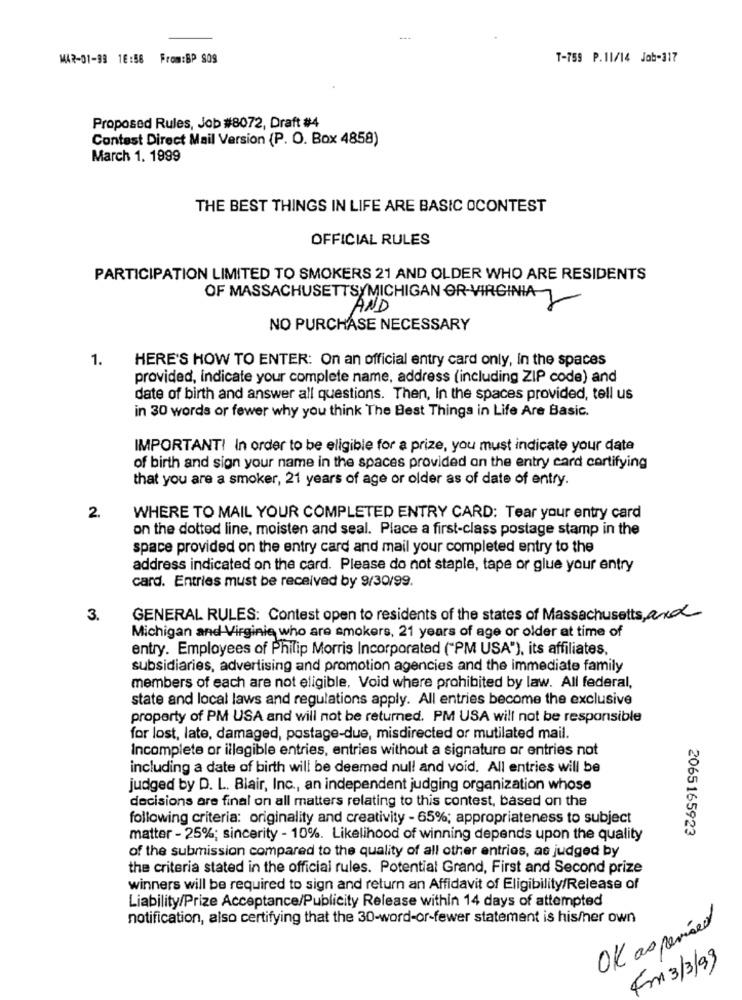
MAR-01-98 16:58 From:BP S09
T-759 P.11/14 Job-317
Proposed Rules, Job #8072, Draft #4
Contest Direct Mail Version (P. O. Box 4858)
March 1. 1999
THE BEST THINGS IN LIFE ARE BASIC OCONTEST
OFFICIAL RULES
PARTICIPATION LIMITED TO SMOKERS 21 AND OLDER WHO ARE RESIDENTS
OF MASSACHUSETTSYMICHIGAN OR-VIRGINIA
TSAMICH
NO PURCHASE NECESSARY
1.
HERE'S HOW TO ENTER: On an official entry card only, in the spaces
provided, indicate your complete name, address (including ZIP code) and
date of birth and answer all questions. Then, In the spaces provided, tell us
in 30 words or fewer why you think The Best Things in Life Are Basic.
IMPORTANT! In order to be eligible for a prize, you must indicate your date
of birth and sign your name in the spaces provided on the entry card cortifying
that you are a smoker, 21 years of age or older as of date of entry.
2.
WHERE TO MAIL YOUR COMPLETED ENTRY CARD: Tear your entry card
on the dotted line, moisten and seal. Place a first-class postage stamp in the
space provided on the entry card and mail your completed entry to the
address indicated on the card. Please do not staple, tape or glue your entry
card. Entries must be received by 9/30/99.
3.
GENERAL RULES: Contest open to residents of the states of Massachusetts, and
Michigan and Virginie who are smokers, 21 years of age or older at time of
entry. Employees of Philip Morris Incorporated ("PM USA"), its affiliates,
subsidiaries, advertising and promotion agencies and the immediate family
members of each are not eligible, Void where prohibited by law. All federal,
state and local laws and regulations apply. All entries become the exclusive
property of PM USA and will not be returned. PM USA will not be responsible
for lost, late, damaged, postage-due, misdirected or mutilated mail.
Incomplete or illegible entries, entries without a signature or entries not
including a date of birth will be deemed nul! and void. All entries will be
judged by D. L. Blair, Inc ., an independent judging organization whose
decisions are final on all matters relating to this contest, based on the
following criteria: originality and creativity - 65%; appropriateness to subject
2065165923
matter - 25%; sincerity - 10%. Likelihood of winning depends upon the quality
of the submission compared to the quality of all other entries, as judged by
the criteria stated in the official rules. Potential Grand, First and Second prize
winners will be required to sign and return an Affidavit of Eligibility/Release of
Liability/Prize Acceptance/Publicity Release within 14 days of attempted
notification, also certifying that the 30-word-or-fewer statement is his/her own
OK as perised
Fr 3/3/99